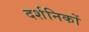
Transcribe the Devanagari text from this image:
दर्शनिकों